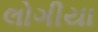
લોગીયા